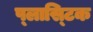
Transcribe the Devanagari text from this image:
प्‍लास्‍टिक